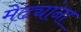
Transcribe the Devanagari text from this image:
मेंढ्यांना